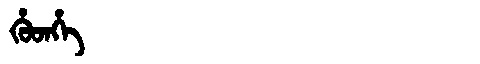
Manchu: ᡥᡠᡨᡥᡝ
Romanization: HUTHE